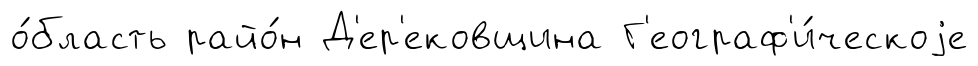
о́бласть райо́н Д'ер'ековщина Г'еограф'и́ческоjе